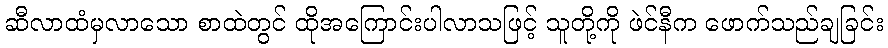
ဆီလာထံမှလာသော စာထဲတွင် ထိုအကြောင်းပါလာသဖြင့် သူတို့ကို ဖဲင်နီက ဖောက်သည်ချခြင်း